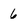
Character: 6